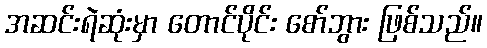
အဆင်းရဲဆုံးမှာ တောင်ပိုင်း စော်ဘွား ဖြစ်သည်။